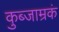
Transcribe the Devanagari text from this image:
कुब्जाम्रकं